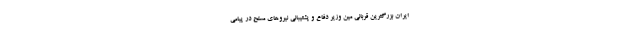
ایران بزرگترین قربانی مین وزیر دفاع و پشتیبانی نیروهای مسلح در پیامی